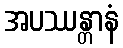
အပဿန္တာနံ